Report of the Indian Hemp Drugs Commission, 1894-1895 - Volume IV
Year: 1894
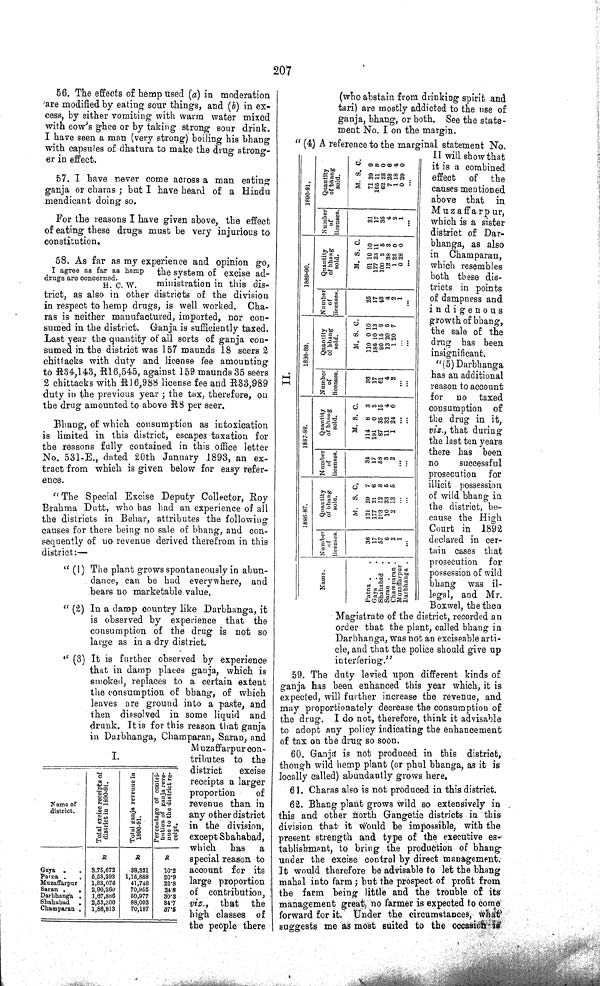
207
56. The effects of hemp used (a) in moderation
are modified by eating sour things, and (b) in ex-
cess, by either vomiting with warm water mixed
with cow's ghee or by taking strong sour drink.
I have seen a man (very strong) boiling his bhang
with capsules of dhatura to make the drug strong-
er in effect.
57. I have never come across a man eating
ganja or charas; but I have heard of a Hindu
mendicant doing so.
For the reasons I have given above, the effect
of eating these drugs must be very injurious to
constitution.
I agree as far as hemp
drugs are concerned.
H. C. W.
58. As far as my experience and opinion go,
the system of excise ad-
ministration in this dis-
trict, as also in other districts of the division
in respect to hemp drugs, is well worked. Cha-
ras is neither manufactured, imported, nor con-
sumed in the district. Ganja is sufficiently taxed.
Last year the quantity of all sorts of ganja con-
sumed in the district was 157 maunds 18 seers 2
chittacks with duty and license fee amounting
to R34,143, R16,545, against 159 maunds 35 seers
2 chittacks with R16,938 license fee and R33,989
duty in the previous year; the tax, therefore, on
the drug amounted to above R8 per seer.
Bhang, of which consumption as intoxication
is limited in this district, escapes taxation for
the reasons fully contained in this office letter
No. 531-E., dated 20th January 1893, an ex-
tract from which is given below for easy refer-
ence.
I.
Name of
district.
Total excise receipts of
district in 1890-91.
Total ganja revenue in
1890-91.
percentage of contri-
bution of ganja reve-
nue to district re-
ceipt.
R
R
R
Gaya
3,75,672
38,321
10·2
Patna
5,53,293
1,15,888
20·9
Muzaffarpur
1,83,076
41,748
22·8
Saran
2,90,260
70,955
24·8
Darbhanga
1,67,886
50,977
30·3
Shahabad
2,53,300
88,092
34·7
Champaran
1,86,813
70,187
37·5
"The Special Excise Deputy Collector, Roy
Brahma Dutt, who has had an experience of all
the districts in Behar, attributes the following
causes for there being no sale of bhang, and con-
sequently of no revenue derived therefrom in this
district:—
"(1) The plant grows spontaneously in abun-
dance, can be had everywhere, and
bears no marketable value.
"(2) In a damp country like Darbhanga, it
is observed by experience that the
consumption of the drug is not so
large as in a dry district.
"(3) It is further observed by experience
that in damp places ganja, which is
smoked, replaces to a certain extent
the consumption of bhang, of which
leaves are ground into a paste, and
then dissolved in some liquid and
drunk. It is for this reason that ganja
in Darbhanga, Champaran, Saran, and
Muzaffarpur con-
tributes to the
district
excise
receipts a larger
proportion
of
revenue than in
any other district
in the division,
except Shahabad,
which
has a
special reason to
account for its
large proportion
of contribution,
viz.,
that the
high classes of
the people there
(who abstain from drinking spirit and
tari) are mostly addicted to the use of
ganja, bhang, or both. See the state-
ment No. I on the margin.
"(4) A reference to the marginal statement No.
II will show that
it is a combined
effect
of the
causes mentioned
above that in
Muzaffarpur,
which is a sister
district of Dar-
bhanga, as also
in Champaran,
which resembles
both these dis-
tricts in points
of dampness and
indigenous
growth of bhang,
the sale of the
drug has been
insignificant.
"(5) Darbhanga
has an additional
reason to account
for
no taxed
consumption of
the drug in it,
viz., that during
the last ten years
there has been
no
successful
prosecution for
illicit possession
of wild bhang in
the district, be-
cause the High
Court in 1892
declared in cer-
tain cases that
prosecution for
possession of wild
bhang
was il-
legal, and Mr.
Boxwel, the then
Magistrate of the district, recorded an
order that the plant, called bhang in
Darbhanga, was not an exciseable arti-
cle, and that the police should give up
interfering."
59. The duty levied upon different kinds of
ganja has been enhanced this year which, it is
expected, will further increase the revenue, and
may proportionately decrease the consumption of
the drug. I do not, therefore, think it advisable
to adopt any policy indicating the enhancement
of tax on the drug so soon.
60. Ganja is not produced in this district,
though wild hemp plant (or phul bhanga, as it is
locally called) abundantly grows here.
61. Charas also is not produced in this district.
62. Bhang plant grows wild so extensively in
this and other north Gangetic districts in this
division that it would be impossible, with the
present strength and type of the executive es-
tablishment, to bring the production of bhang
under the excise control by direct management.
It would therefore be advisable to let the bhang
mahal into farm; but the prospect of profit from
the farm being little and the trouble of its
management great, no farmer is expected to come
forward for it. Under the circumstances,
what
suggests me as most suited to the occasion is
II.
1886-87. 1887-88. 1888-89. 1889-90.
1890-91.
Name.
Number
Quantity
Number
Quantity
Number
Quantity
Number
Quantity
Number
Quantity
of
of bhang
of
of bhang
of of bhang
of
of bhang
of
of bhang
licenses.
sold.
licenses.
sold.
licenses.
sold.
licenses.
sold.
licenses.
sold.
M. S. C.
M. S. C.
M. S. C.
M. S. C.
M. S. C.
Patna
36
121 29
7 34
114 8
3 36
110 0 10 25 91 10 10 21 71 39 9
Gaya
17
177 21
6 17
191
0
3 17 186 10 13 17 177 23 11 17
165 11 8
Shahabad
57 103 12
8
58
87 35 15 61 90 15 9 48
100 2 5 35 62 28 0
Saran
6 10 33
5
3 11 32 4
4
13 20 6
4
12 38 3 4
7
28
6
Champaran
2
2 13
5
2
1 24 0
2
1 20 7
2
1 22 0
2
1 18 4
Muzaffarpur
1
.
1
0 28 0
1
0 29 0
Darbhanga